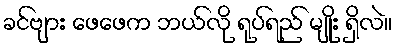
ခင်ဗျား ဖေဖေက ဘယ်လို ရုပ်ရည် မျိုး ရှိလဲ။